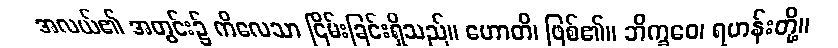
အလယ်၏ အတွင်း၌ ကိလေသာ ငြိမ်းခြင်းရှိသည်။ ဟောတိ၊ ဖြစ်၏။ ဘိက္ခဝေ၊ ရဟန်းတို့။